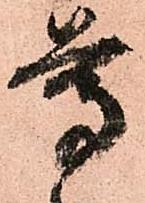
尊